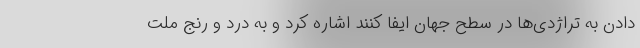
دادن به تراژدی‌ها در سطح جهان ایفا کنند اشاره کرد و به درد و رنج ملت